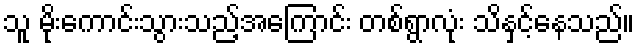
သူ မိုးကောင်းသွားသည့်အကြောင်း တစ်ရွာလုံး သိနှင့်နေသည်။